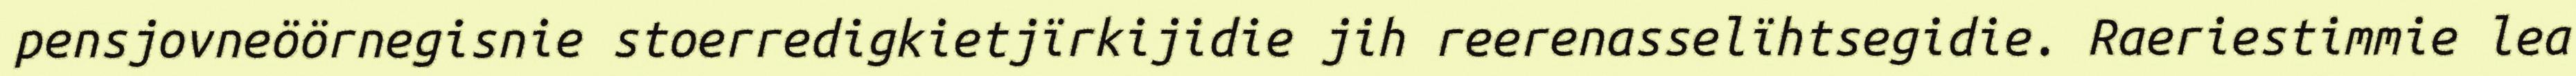
pensjovneöörnegisnie stoerredigkietjïrkijidie jih reerenasselïhtsegidie. Raeriestimmie lea